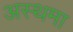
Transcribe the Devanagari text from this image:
अस्‍थमा